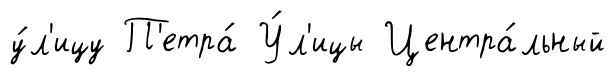
у́л'ицу П'етра́ У́л'ицы Центра́льный